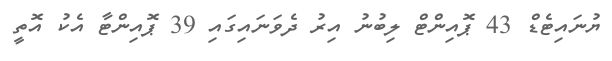
ޔުނައިޓެޑް 43 ޕޮއިންޓް ލިބުނު އިރު ދެވަނައިގައި 39 ޕޮއިންޓާ އެކު އޮތީ